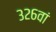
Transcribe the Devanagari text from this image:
३२६वां